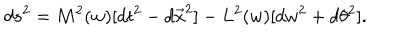
d s ^ { 2 } = M ^ { 2 } ( w ) [ d t ^ { 2 } - d \vec { x } ^ { 2 } ] - L ^ { 2 } ( w ) [ d w ^ { 2 } + d \theta ^ { 2 } ] .